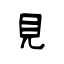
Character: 見